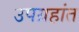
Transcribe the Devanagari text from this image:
उपग्रहांत